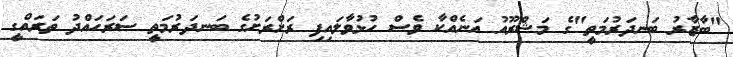
"ބާޒާރު ބަނދަރުމަތީ"ގެ މަޝްރޫއު އަނެއްކާ ވެސް ހުޅުވާލައިފި ރަށްރަށުގެ ބަނދަރުމަތީ ސަރަހައްދު ތަރައްގީ